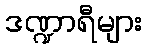
ဒဏ္ဍာရီများ